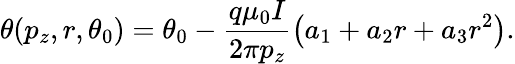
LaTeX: \theta(p_{z},r,\theta_{0})=\theta_{0}-\frac{q\mu_{0}I}{2\pi p_{z}}\left(a_{1}+a_{2}r+a_{3}r^{2}\right).